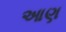
આણ